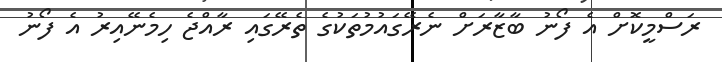
ރަސްމީކޮށް އެ ފޯނު ބާޒާރަށް ނެރޭގައުމުތަކުގެ ތެރޭގައި ރާއްޖެ ހިމެނޭއިރު އެ ފޯނު